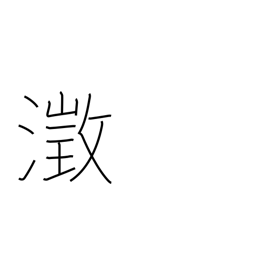
Meaning: clear and still water